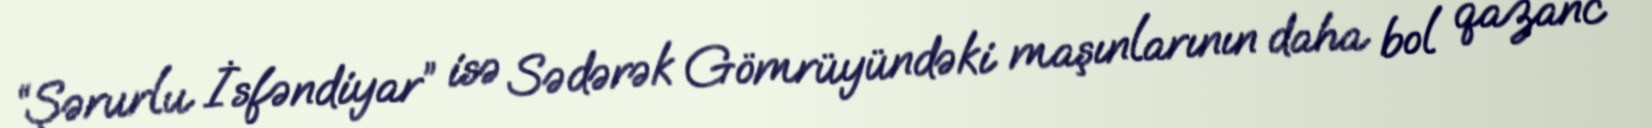
“Şərurlu İsfəndiyar” isə Sədərək Gömrüyündəki maşınlarının daha bol qazanc